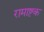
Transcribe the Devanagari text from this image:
रामाष्टक